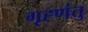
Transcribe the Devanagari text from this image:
गृह्णंतु